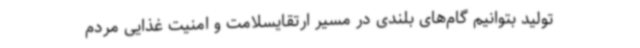
تولید بتوانیم گام‌های بلندی در مسیر ارتقایسلامت و امنیت غذایی مردم